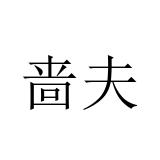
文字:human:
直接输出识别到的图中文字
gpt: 啬夫